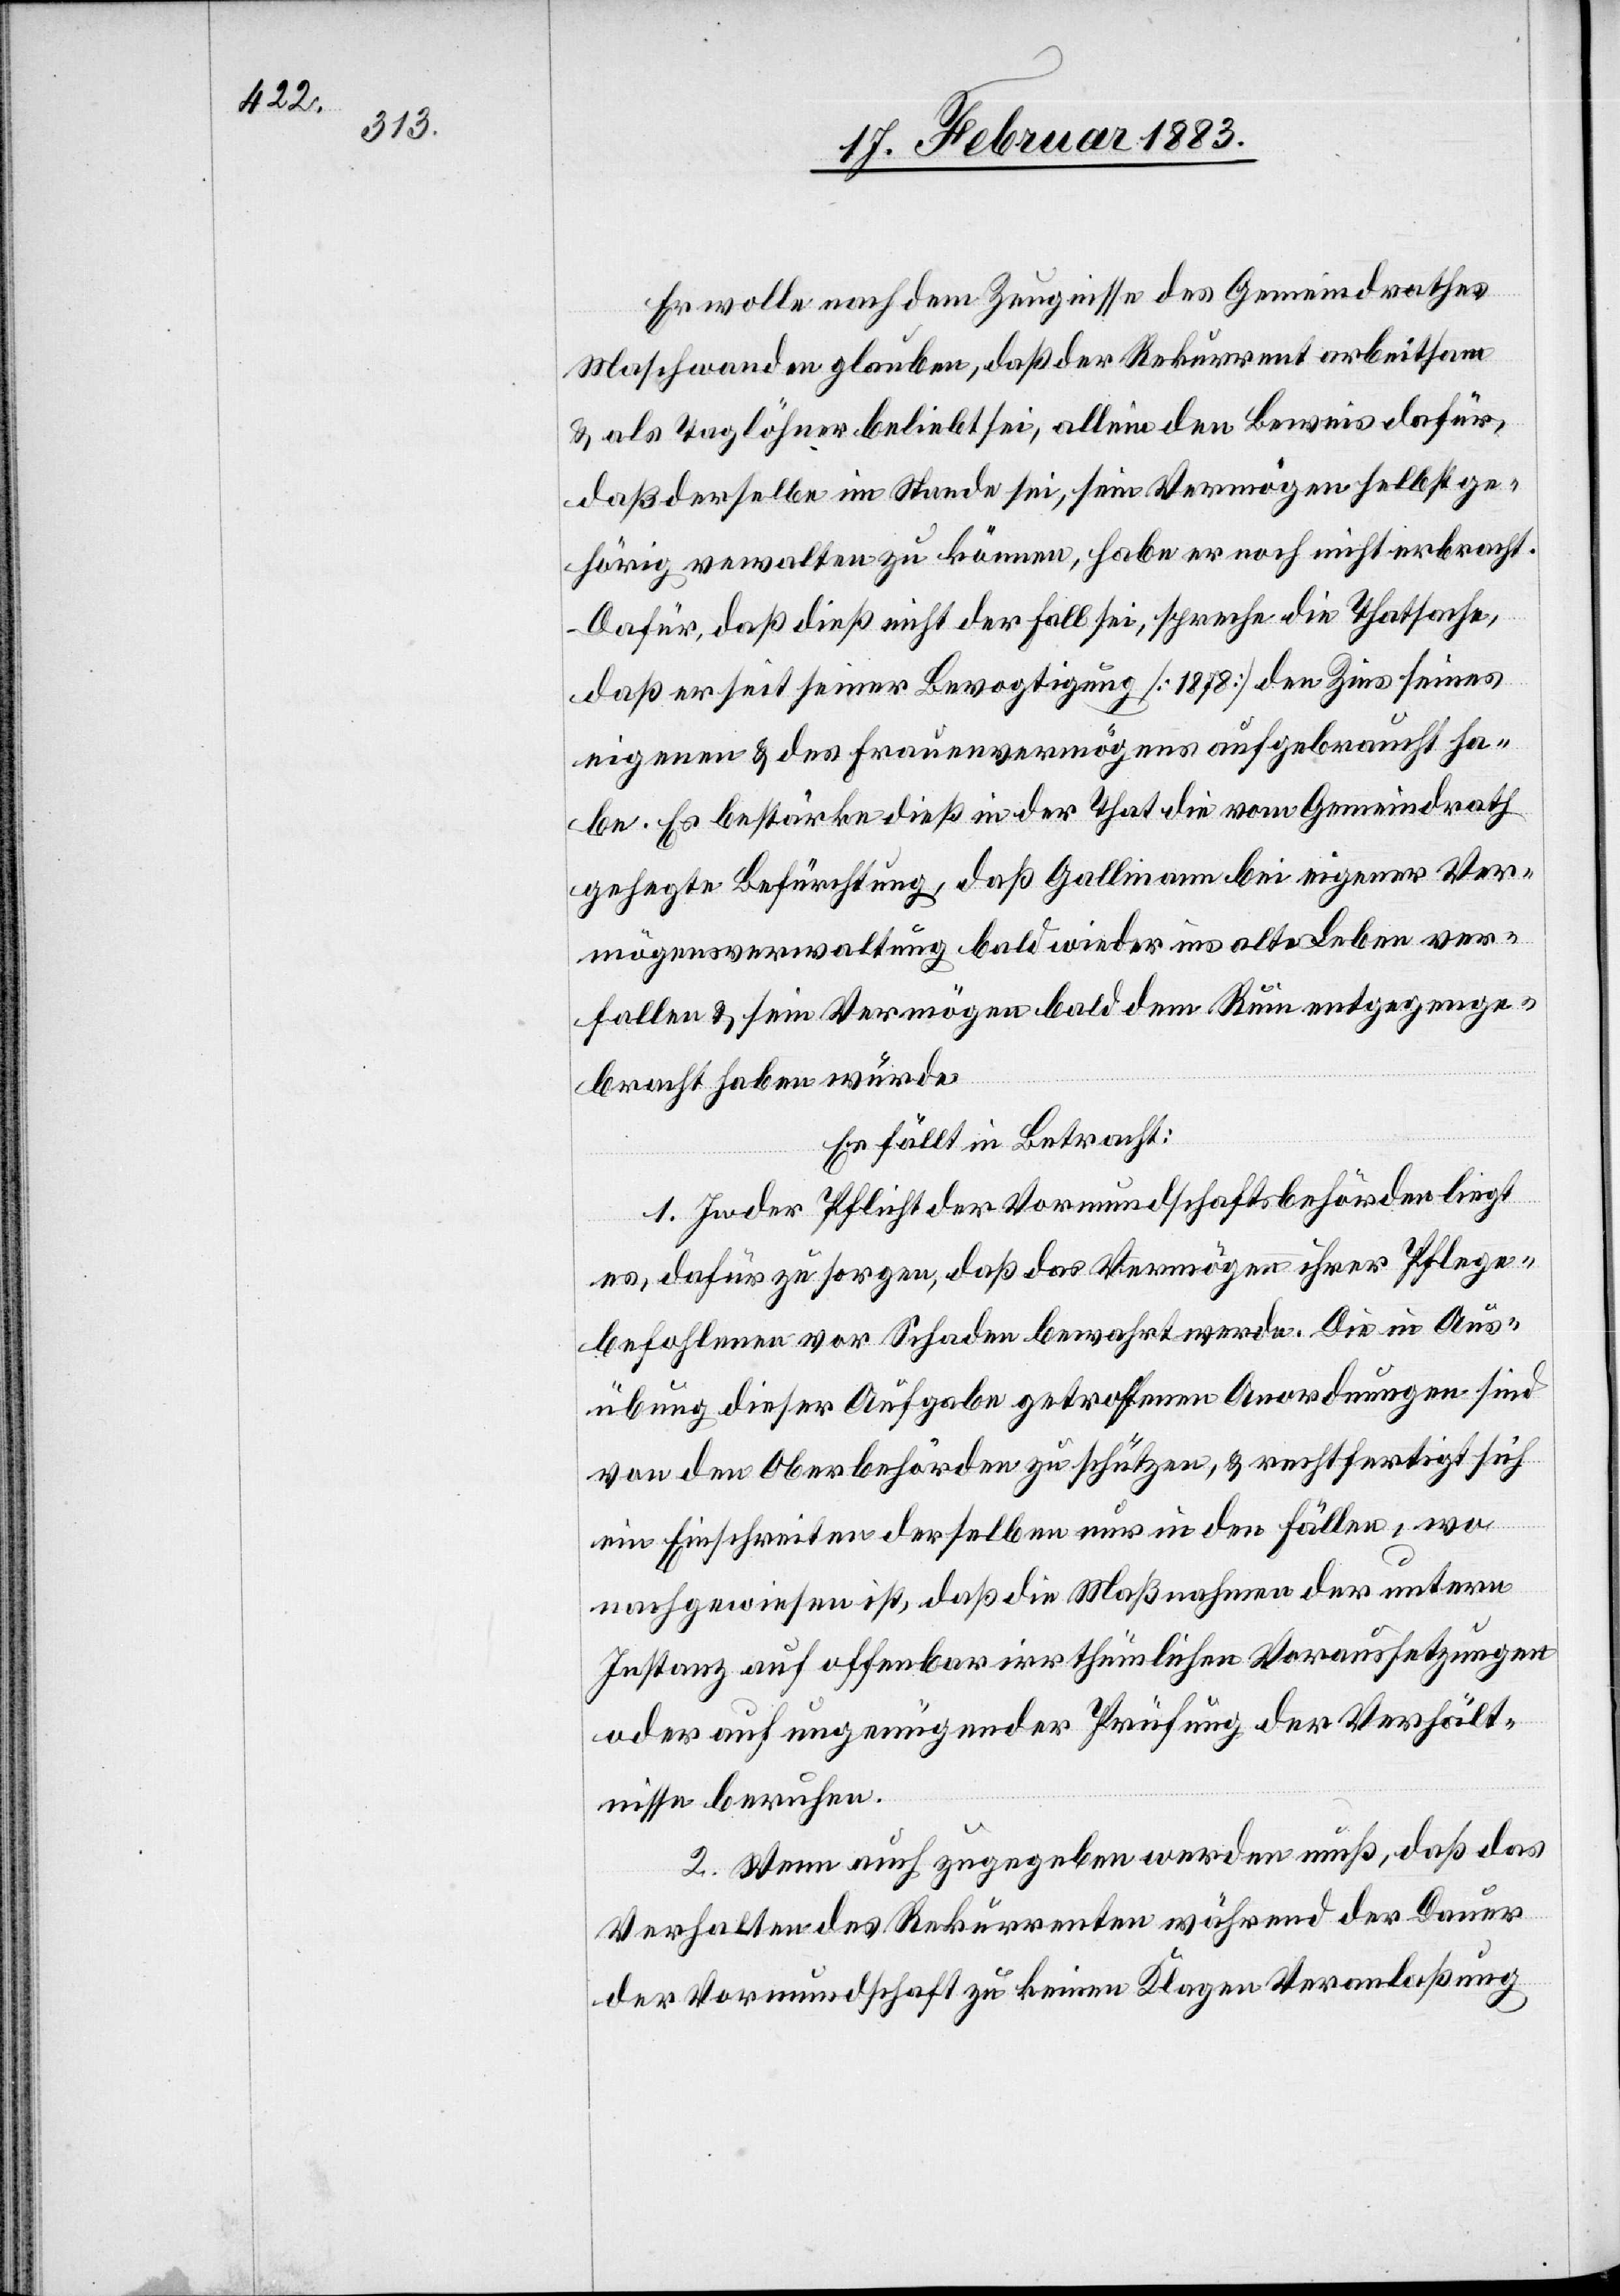
Er wolle nach dem Zeugnisse des Gemeindrathes
Maschwanden glauben, daß der Rekurrent arbeitsam
& als Taglöhner beliebt sei, allein den Beweis dafür,
daß derselbe im Stande sei, sein Vermögen selbst ge¬
hörig verwalten zu können, habe er noch nicht erbracht.
Dafür, daß dieß nicht der Fall sei, spreche die Thatsache,
daß er seit seiner Bevogtigung [1878] den Zins seines
eigenen & des Frauenvermögens aufgebraucht ha¬
be. Es bestärke dieß in der That die vom Gemeindrath
gehegte Befürchtung, daß Gallmann bei eigener Ver¬
mögensverwaltung bald wieder ins alte Leben ver¬
fallen & sein Vermögen bald dem Ruin entgegenge¬
bracht haben würde.
Es fällt in Betracht:
1. In der Pflicht der Vormundschaftsbehörden liegt
es, dafür zu sorgen, daß das Vermögen ihrer Pflege¬
befohlenen vor Schaden bewahrt werde. Die in Aus¬
übung dieser Aufgabe getroffenen Anordnungen sind
von den Oberbehörden zu schützen, & rechtfertigt sich
ein Einschreiten derselben nur in den Fällen, wo
nachgewiesen ist, daß die Maßnahmen der untern
Instanz auf offenbar irrthümlichen Voraussetzungen
oder auf ungenügender Prüfung der Verhält¬
nisse beruhen.
2. Wenn auch zugegeben werden muß, daß das
Verhalten des Rekurrenten während der Dauer
der Vormundschaft zu keinen Klagen Veranlaßung